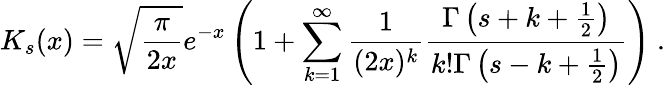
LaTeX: K_{s}(x)=\sqrt{\frac{\pi}{2x}}e^{-x}\left(1+\sum_{k=1}^{\infty}\frac{1}{(2x)^{k}}\frac{\Gamma\left(s+k+\frac{1}{2}\right)}{k!\Gamma\left(s-k+\frac{1}{2}\right)}\right)\ .